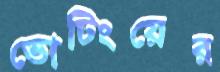
ভোটিংয়ের